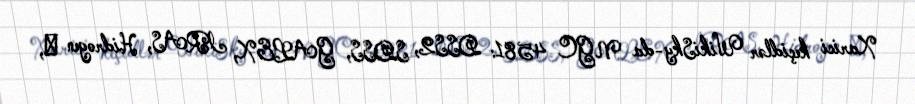
Xarici keçidlər WikiSky-da NGC 4581: DSS2, SDSS, GALEX, IRAS, Hidrogen α,